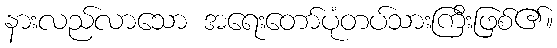
နားလည်လာသော အရေးတော်ပုံတပ်သားကြီးဖြစ်၏။